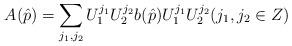
LaTeX: \begin{align*}A(\hat{p})=\sum_{j_1,j_2}U_1^{j_1}U_2^{j_2}b(\hat{p})U_1^{j_1}U_2^{j_2}(j_1,j_2 \in Z)\end{align*}